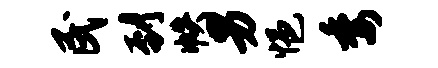
民到帙男悒委